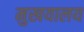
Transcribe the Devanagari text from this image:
मुखयालय